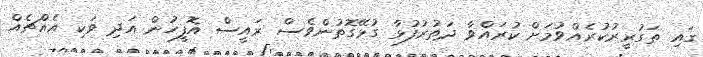
ގައި ތަގުރީރުކުރެއްވުމަށް ކުރައްވާ ދަތުރުފުޅާ ގުޅޭގޮތުންވެސް ރައީސް އޮފީހުން އަދި ވަކި އެއްޗެއް